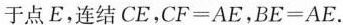
于点E，连结CE，$$C F = A E$$，$$B E = A E$$.